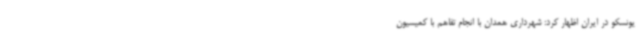
یونسکو در ایران اظهار کرد: شهرداری همدان با انجام تفاهم با کمیسیون